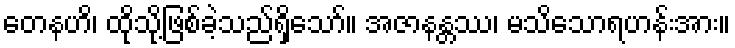
တေနဟိ၊ ထိုသို့ဖြစ်ခဲ့သည်ရှိသော်။ အဇာနန္တဿ၊ မသိသောရဟန်းအား။